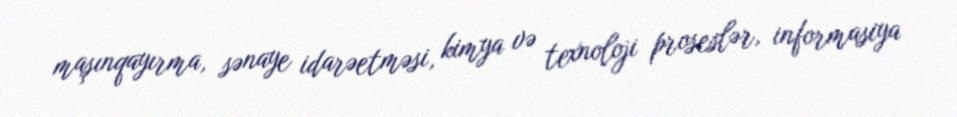
maşınqayırma, sənaye idarəetməsi, kimya və texnoloji proseslər, informasiya